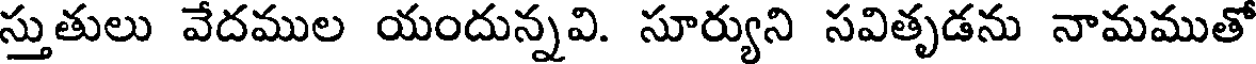
స్తుతులు వేదముల యందున్నవి. సూర్యుని సవితృడను నామముతో